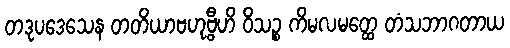
တဒုပဒေသေန တတိယာဗဟုဗ္ဗီဟိ ဝိသဉ္စ ကိမလမတ္ထေ တံသဘာဂတာယ